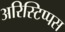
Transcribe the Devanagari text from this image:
अरिस्टिप्पस